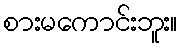
စားမကောင်းဘူး။